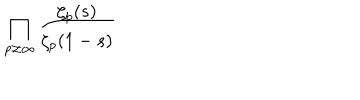
LaTeX: \prod _ { p \neq \infty } ^ { { } } \frac { \zeta _ { p } ( s ) } { \zeta _ { p } ( 1 - s ) }